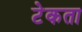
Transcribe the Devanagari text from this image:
टेकता